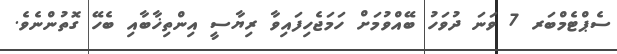
ސެޕްޓެމްބަރ 7 ވަނަ ދުވަހު ބޭއްވުމަށް ހަމަޖެހިފައިވާ ރިޔާސީ އިންތިޚާބާއި ބެހޭ ގޮތުންނެވެ.